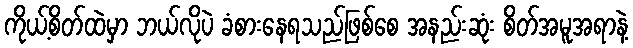
ကိုယ့်စိတ်ထဲမှာ ဘယ်လိုပဲ ခံစားနေရသည်ဖြစ်စေ အနည်းဆုံး စိတ်အမူအရာနဲ့